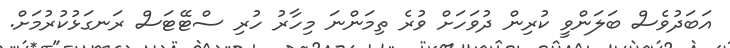
އަބަދުވެސް ބަލަންވީ ކުރިން ދުވަހަށް ވުރެ ތިމަންނަ މިހާރު ހުރި ސްޓޭޓަސް ރަނގަޅުކުރުމަށް.